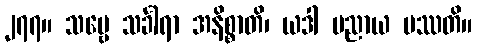
၂၇၇။ သဗ္ဗေ သင်္ခါရာ အနိစ္စာတိ၊ ယဒါ ပညာယ ပဿတိ။